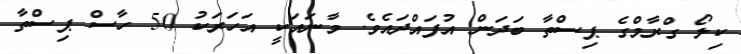
ކިލޯ ގްރާމްގެ ޕިސްތާ ބަދަން އުފައްދައެވެ. މާނައަކީ އަހަރަކު 50 ހާސް ޕިސްތާ